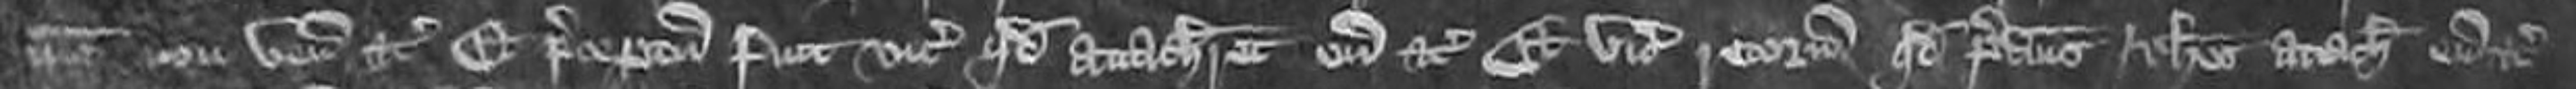
ipsi non venerunt etc Et preceptum fuit vice comes quod attachiaret eum etc Et vicecomes retornavit quod predictus Johannes attachiaret eum etc